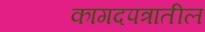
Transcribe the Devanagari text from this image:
कागदपत्रातील